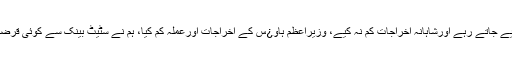
قرضے لیے جاتے رہے اورشاہانہ اخراجات کم نہ کیے، وزیراعظم ہاو¿س کے اخراجات اورعملہ کم کیا، ہم نے سٹیٹ بینک سے کوئی قرضہ نہیں لیا۔